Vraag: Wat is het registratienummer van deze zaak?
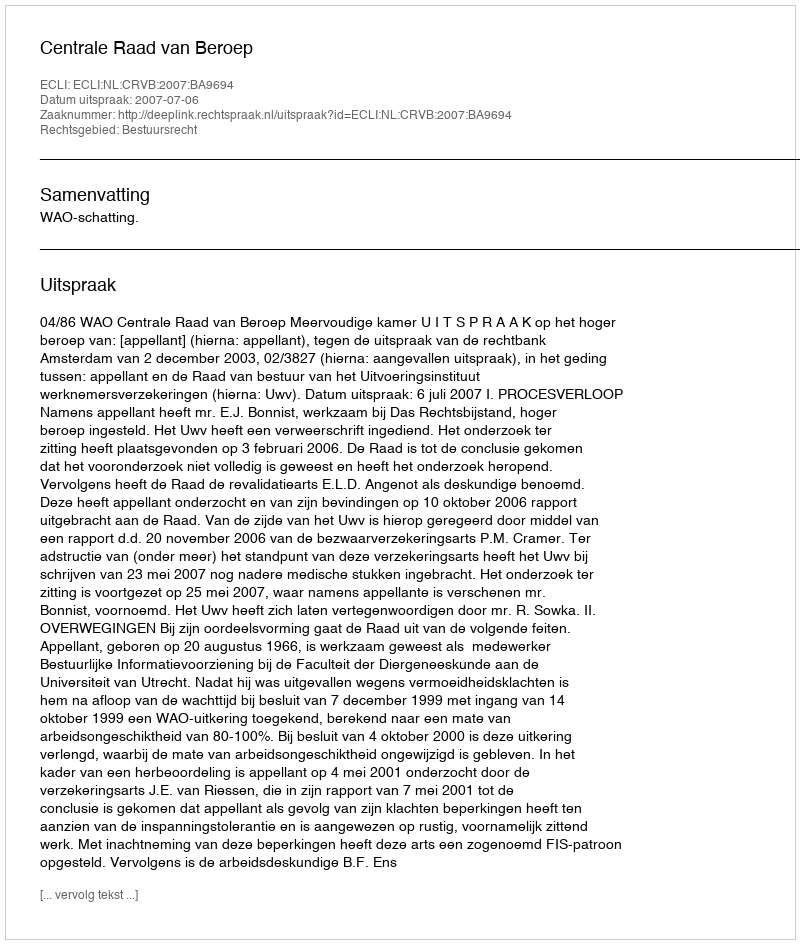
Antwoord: http://deeplink.rechtspraak.nl/uitspraak?id=ECLI:NL:CRVB:2007:BA9694